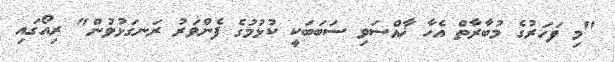
"މި ފަހަރުގެ މުބާރާތް އެހާ ޚާއްސަވި ސަބަބަކީ ކުޅުމުގެ ފެންވަރު ރަނގަޅުވުން" ރިއޯގައި